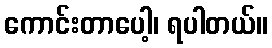
ကောင်းတာပေါ့၊ ရပါတယ်။